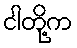
ငါတို့က